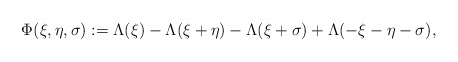
\begin{align*}\Phi(\xi, \eta, \sigma):= \Lambda(\xi) -\Lambda(\xi+\eta) -\Lambda(\xi+\sigma) + \Lambda(-\xi-\eta-\sigma),\end{align*}